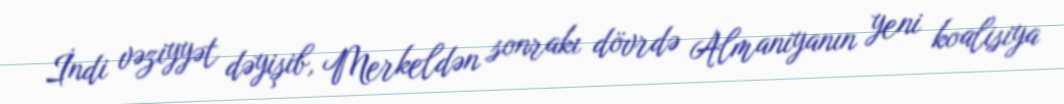
İndi vəziyyət dəyişib, Merkeldən sonrakı dövrdə Almaniyanın yeni koalisiya